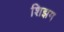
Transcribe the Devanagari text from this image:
शिझम